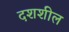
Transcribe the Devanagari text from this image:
दशशील